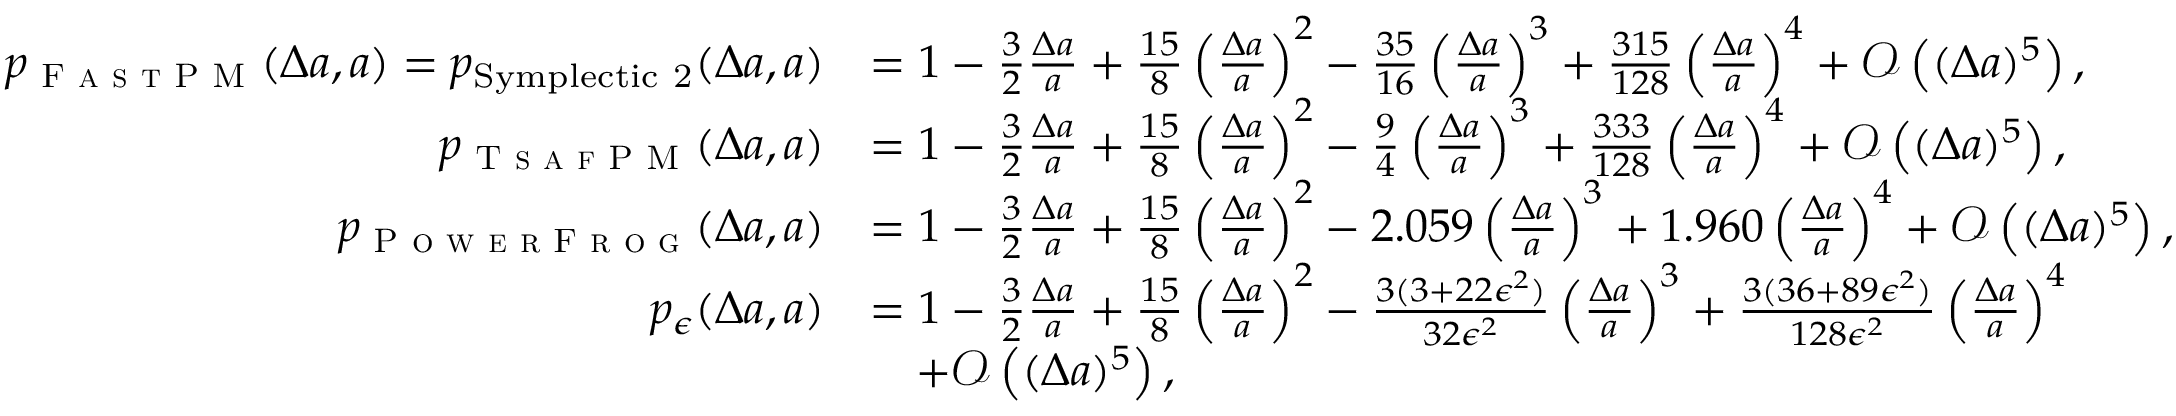
\begin{array} { r l } { p _ { \mathrm { \textsc { F a s t P M } } } ( \Delta a , a ) = p _ { \mathrm { { S y m p l e c t i c ~ 2 } } } ( \Delta a , a ) } & { = 1 - \frac { 3 } { 2 } \frac { \Delta a } { a } + \frac { 1 5 } { 8 } \left( \frac { \Delta a } { a } \right) ^ { 2 } - \frac { 3 5 } { 1 6 } \left( \frac { \Delta a } { a } \right) ^ { 3 } + \frac { 3 1 5 } { 1 2 8 } \left( \frac { \Delta a } { a } \right) ^ { 4 } + \mathscr { O } \left( ( \Delta a ) ^ { 5 } \right) , } \\ { p _ { \textsc { T s a f P M } } ( \Delta a , a ) } & { = 1 - \frac { 3 } { 2 } \frac { \Delta a } { a } + \frac { 1 5 } { 8 } \left( \frac { \Delta a } { a } \right) ^ { 2 } - \frac { 9 } { 4 } \left( \frac { \Delta a } { a } \right) ^ { 3 } + \frac { 3 3 3 } { 1 2 8 } \left( \frac { \Delta a } { a } \right) ^ { 4 } + \mathscr { O } \left( ( \Delta a ) ^ { 5 } \right) , } \\ { p _ { \mathrm { \textsc { P o w e r F r o g } } } ( \Delta a , a ) } & { = 1 - \frac { 3 } { 2 } \frac { \Delta a } { a } + \frac { 1 5 } { 8 } \left( \frac { \Delta a } { a } \right) ^ { 2 } - 2 . 0 5 9 \left( \frac { \Delta a } { a } \right) ^ { 3 } + 1 . 9 6 0 \left( \frac { \Delta a } { a } \right) ^ { 4 } + \mathscr { O } \left( ( \Delta a ) ^ { 5 } \right) , } \\ { p _ { \epsilon } ( \Delta a , a ) } & { = 1 - \frac { 3 } { 2 } \frac { \Delta a } { a } + \frac { 1 5 } { 8 } \left( \frac { \Delta a } { a } \right) ^ { 2 } - \frac { 3 ( 3 + 2 2 \epsilon ^ { 2 } ) } { 3 2 \epsilon ^ { 2 } } \left( \frac { \Delta a } { a } \right) ^ { 3 } + \frac { 3 ( 3 6 + 8 9 \epsilon ^ { 2 } ) } { 1 2 8 \epsilon ^ { 2 } } \left( \frac { \Delta a } { a } \right) ^ { 4 } } \\ & { \quad + \mathscr { O } \left( ( \Delta a ) ^ { 5 } \right) , } \end{array}